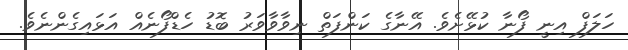
ހަލަފް އިނީ ފޯނާ ކުޅޭށެވެ. އޭނާގެ ކަންފަތް ނިވާވާވަރު ބޮޑު ހެޑްފޯނެއް އަޅައިގެންނެވެ.